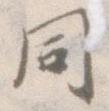
同